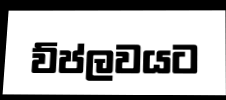
ව්ප්ලවයට